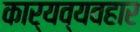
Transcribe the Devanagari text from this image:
कार्यव्यवहार